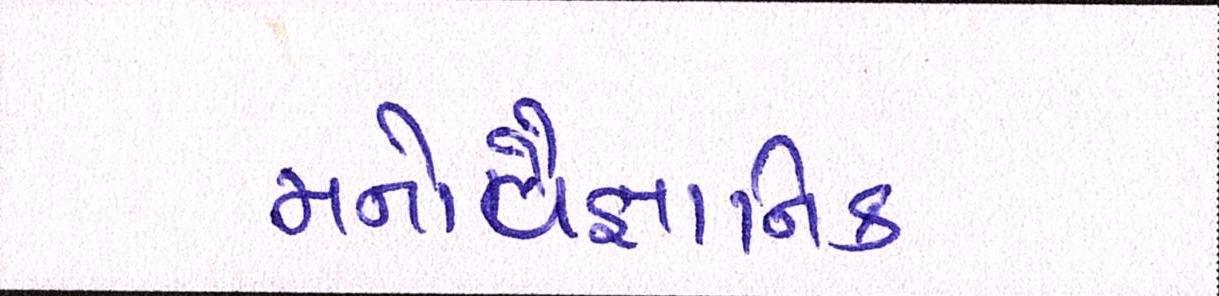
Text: મનોવૈજ્ઞાાનિક